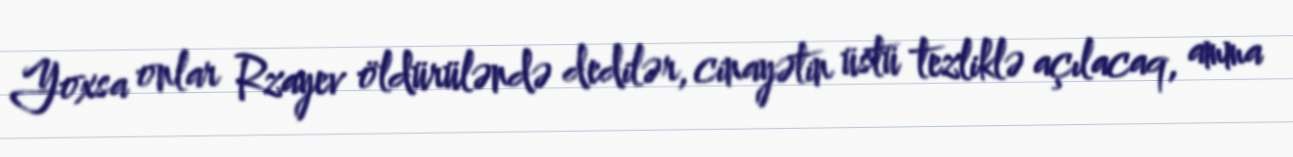
Yoxsa onlar Rzayev öldürüləndə dedilər, cinayətin üstü tezliklə açılacaq, amma